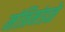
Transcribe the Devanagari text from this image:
मंत्रिमंडळे